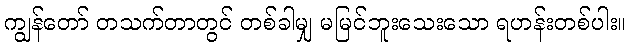
ကျွန်တော် တသက်တာတွင် တစ်ခါမျှ မမြင်ဘူးသေးသော ရဟန်းတစ်ပါး။